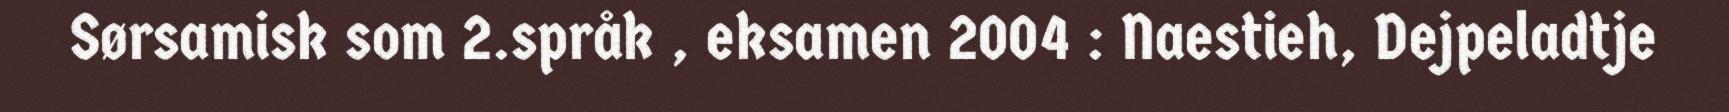
Sørsamisk som 2.språk , eksamen 2004 : Naestieh, Dejpeladtje